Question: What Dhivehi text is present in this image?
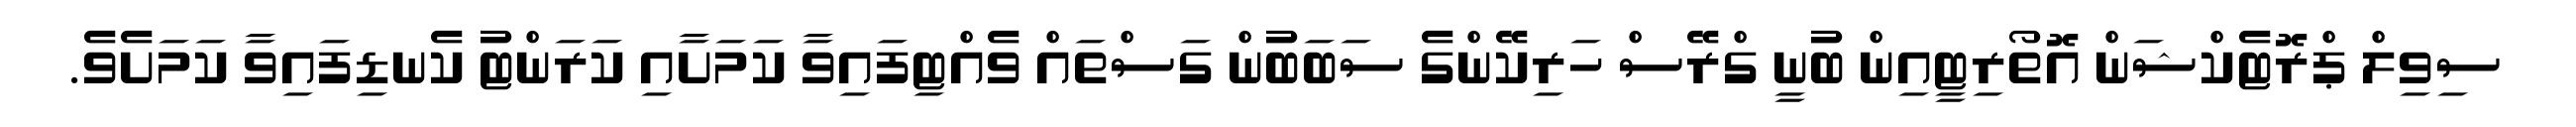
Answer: ސިވިލް ޕްރޮޓެކްޝަން އޮތޯރިޓީއިން ބުނީ ގްރޭސް ހަރިކޭންގެ ސަބަބުން ގަސްތައް ވެއްޓިފައިވާ ކަމަށާއި ކަރަންޓު ކެނޑިފައިވާ ކަމަށެވެ.